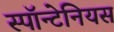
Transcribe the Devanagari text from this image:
स्पॉन्टेनियस